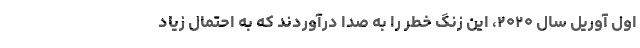
اول آوریل سال ۲۰۲۰، این زنگ خطر را به صدا درآوردند که به احتمال زیاد